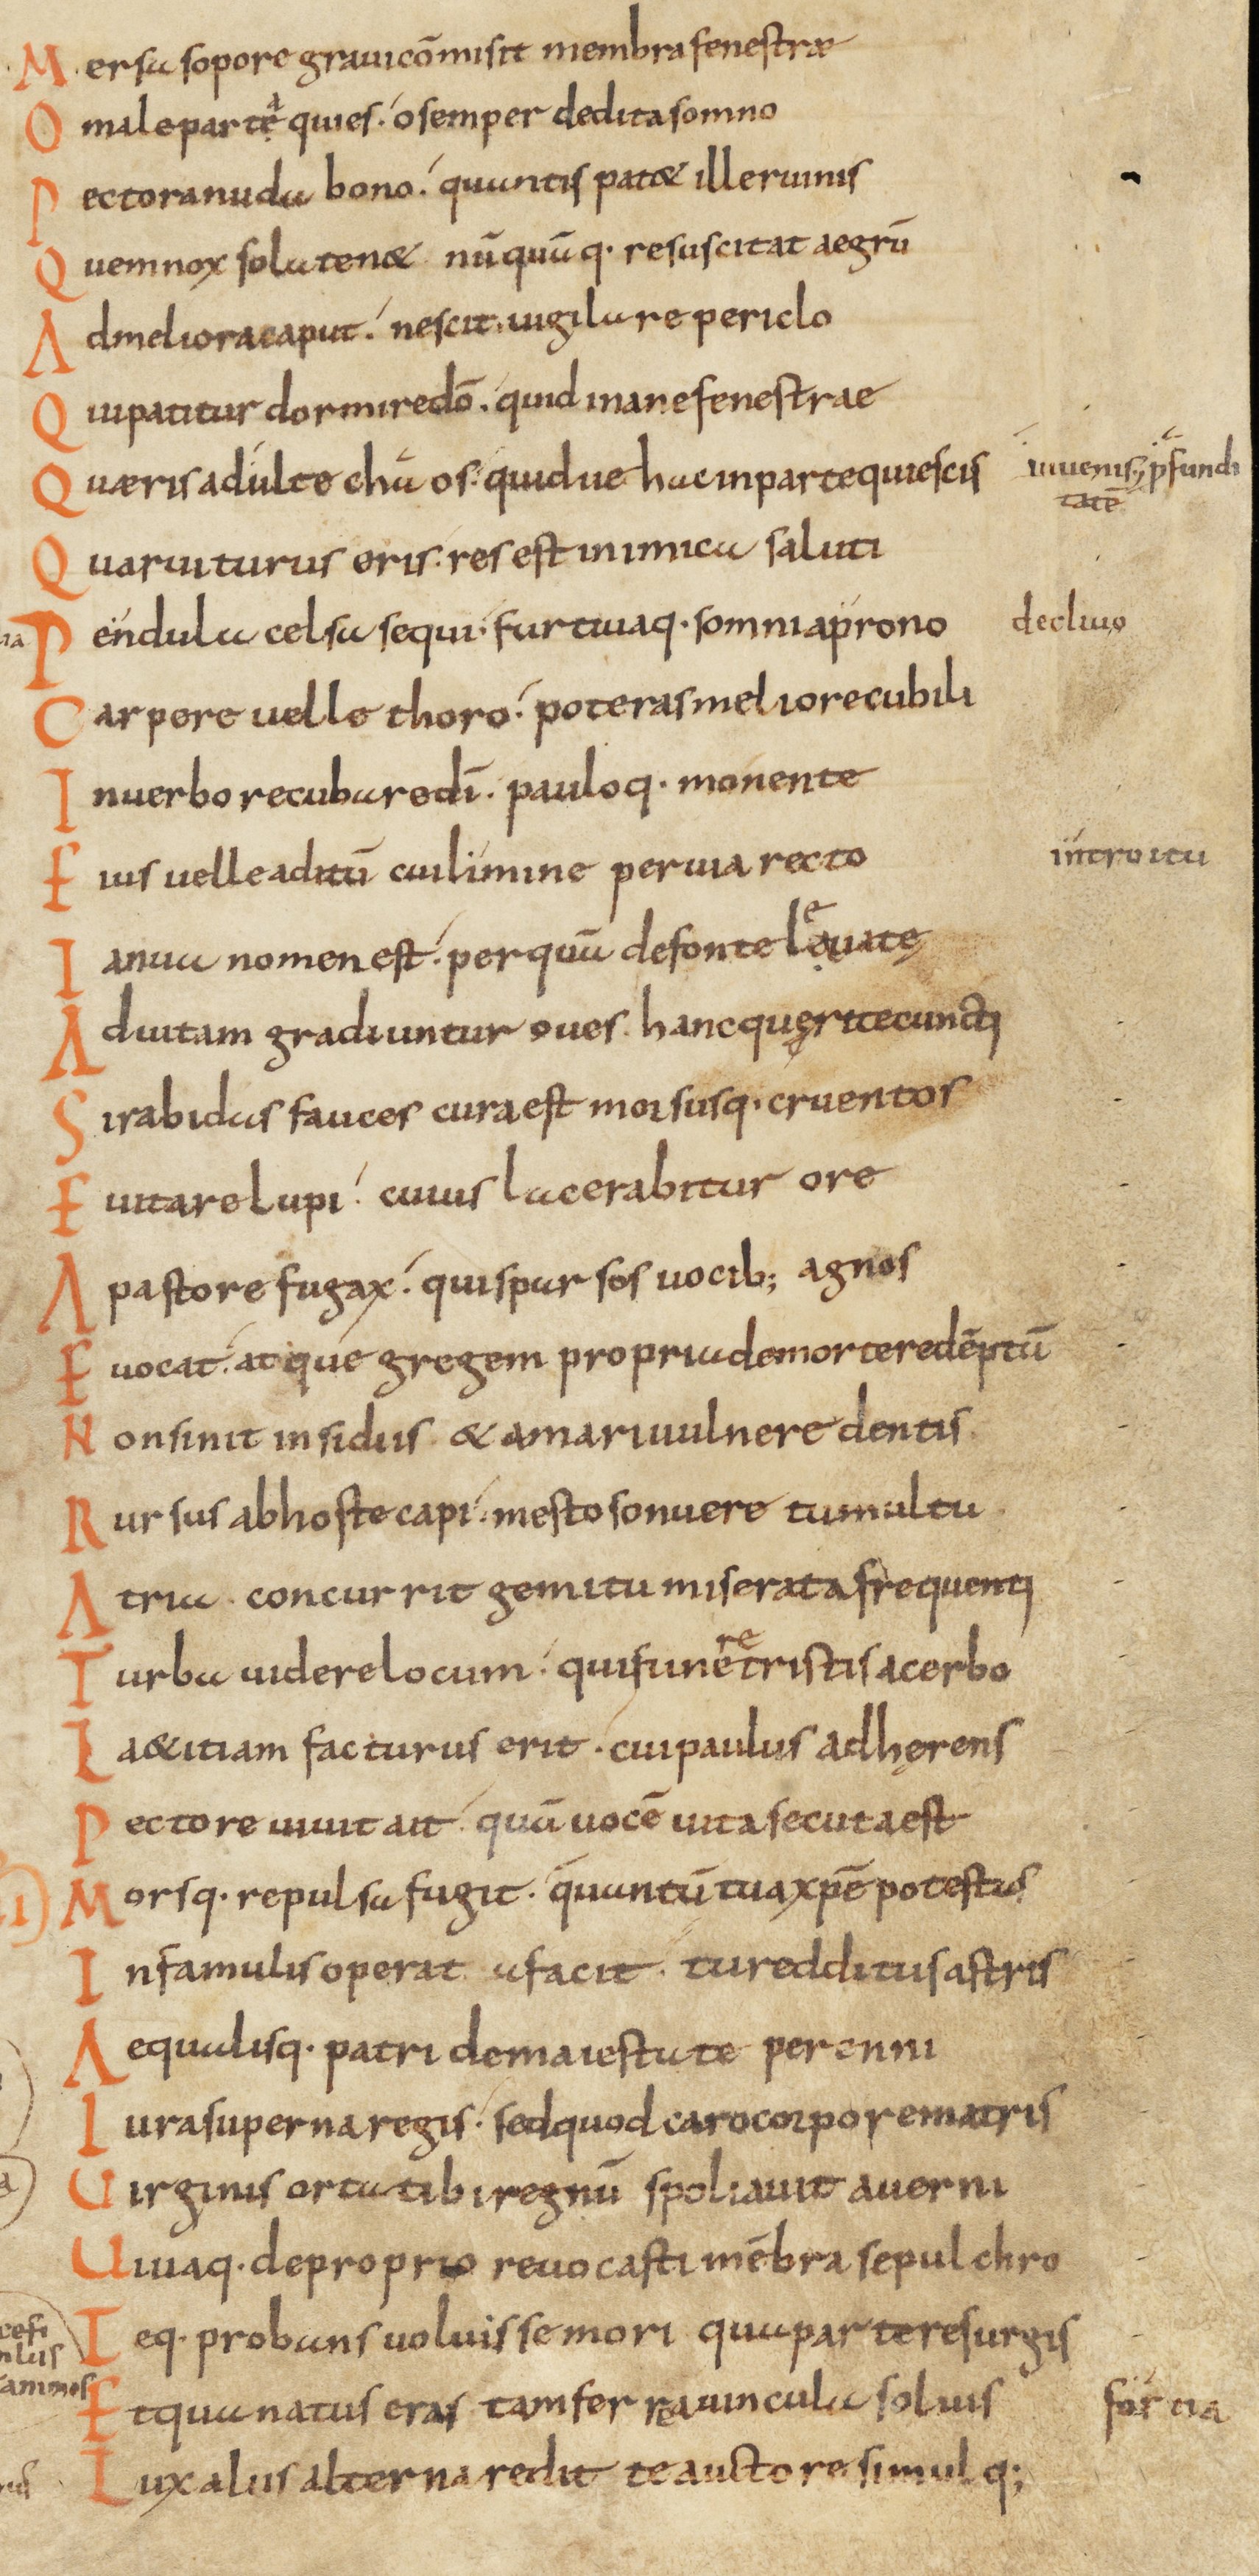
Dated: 833–999